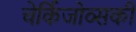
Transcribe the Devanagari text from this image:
चेर्किजोव्सकी